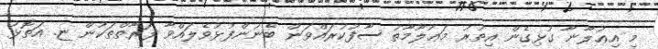
މި އިޢުލާނާ ގުޅިގެން އިތުރު މަޢުލޫމާތު ސާފުކުރައްވަން ބޭނުންފުޅުވެލައްވާ ފަރާތްތަކުން ޏ. އަތޮޅު